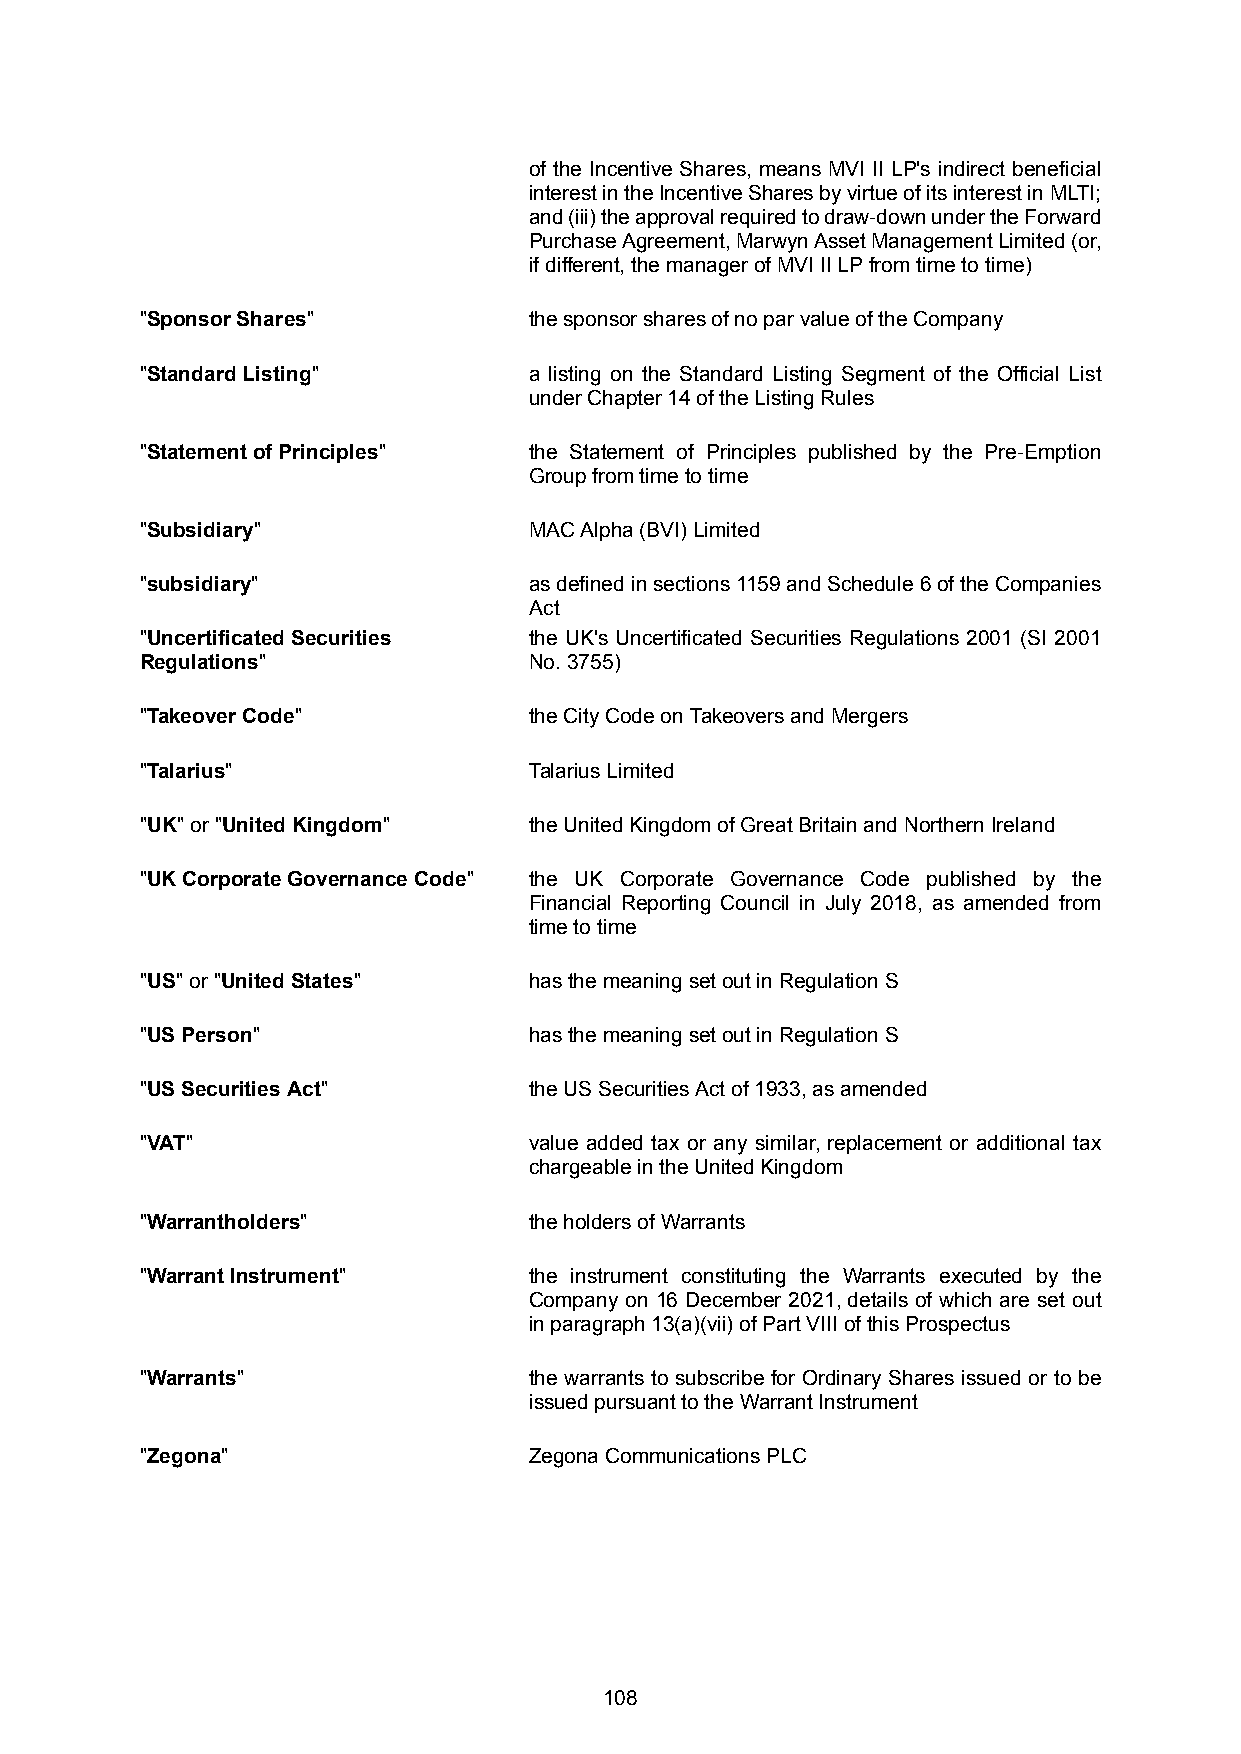
of the Incentive Shares, means MVI II LP's indirect beneficial
 interestintheIncentiveSharesbyvirtueofitsinterestinMLTI;
 and(iii)theapprovalrequiredtodraw-downundertheForward
 PurchaseAgreement,MarwynAssetManagementLimited(or,
 if different, the manager of MVI II LP from time to time)
 "Sponsor Shares"          the sponsor shares of no par value of the Company
 "Standard Listing"        a listing on the Standard Listing Segment of the Official List
 under Chapter 14 of the Listing Rules
 "Statement of Principles" the Statement of Principles published by the Pre-Emption
 Group from time to time
 "Subsidiary"              MAC Alpha (BVI) Limited
 "subsidiary"              asdefinedinsections1159andSchedule6oftheCompanies
 Act
 "Uncertificated Securities the UK's Uncertificated Securities Regulations 2001 (SI 2001
 Regulations"              No. 3755)
 "Takeover Code"           the City Code on Takeovers and Mergers
 "Talarius"                Talarius Limited
 "UK" or "United Kingdom"  the United Kingdom of Great Britain and Northern Ireland
 "UK Corporate Governance Code" the UK Corporate Governance Code published by the
 Financial Reporting Council in July 2018, as amended from
 time to time
 "US" or "United States"   has the meaning set out in Regulation S
 "US Person"               has the meaning set out in Regulation S
 "US Securities Act"       the US Securities Act of 1933, as amended
 "VAT"                     value added tax or any similar, replacement or additional tax
 chargeable in the United Kingdom
 "Warrantholders"          the holders of Warrants
 "Warrant Instrument"      the instrument constituting the Warrants executed by the
 Company on 16 December 2021, details of which are set out
 in paragraph 13(a)(vii) of Part VIII of this Prospectus
 "Warrants"                the warrants to subscribe for Ordinary Shares issued or to be
 issued pursuant to the Warrant Instrument
 "Zegona"                  Zegona Communications PLC
 108